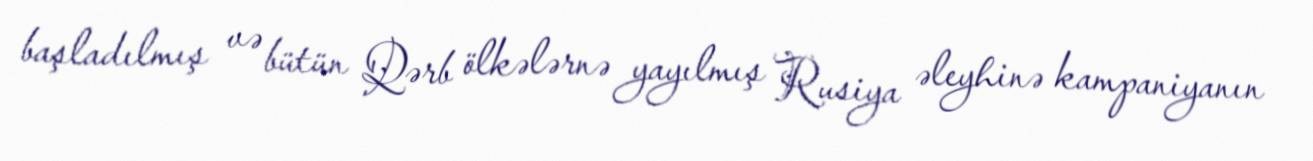
başladılmış və bütün Qərb ölkələrnə yayılmış Rusiya əleyhinə kampaniyanın